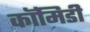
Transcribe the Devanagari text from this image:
कॉमिडी